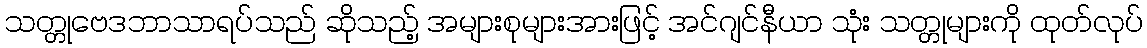
သတ္တုဗေဒဘာသာရပ်သည် ဆိုသည့် အများစုများအားဖြင့် အင်ဂျင်နီယာ သုံး သတ္တုများကို ထုတ်လုပ်